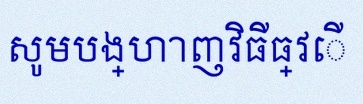
សូមបង្ហាញវិធីធ្វើ